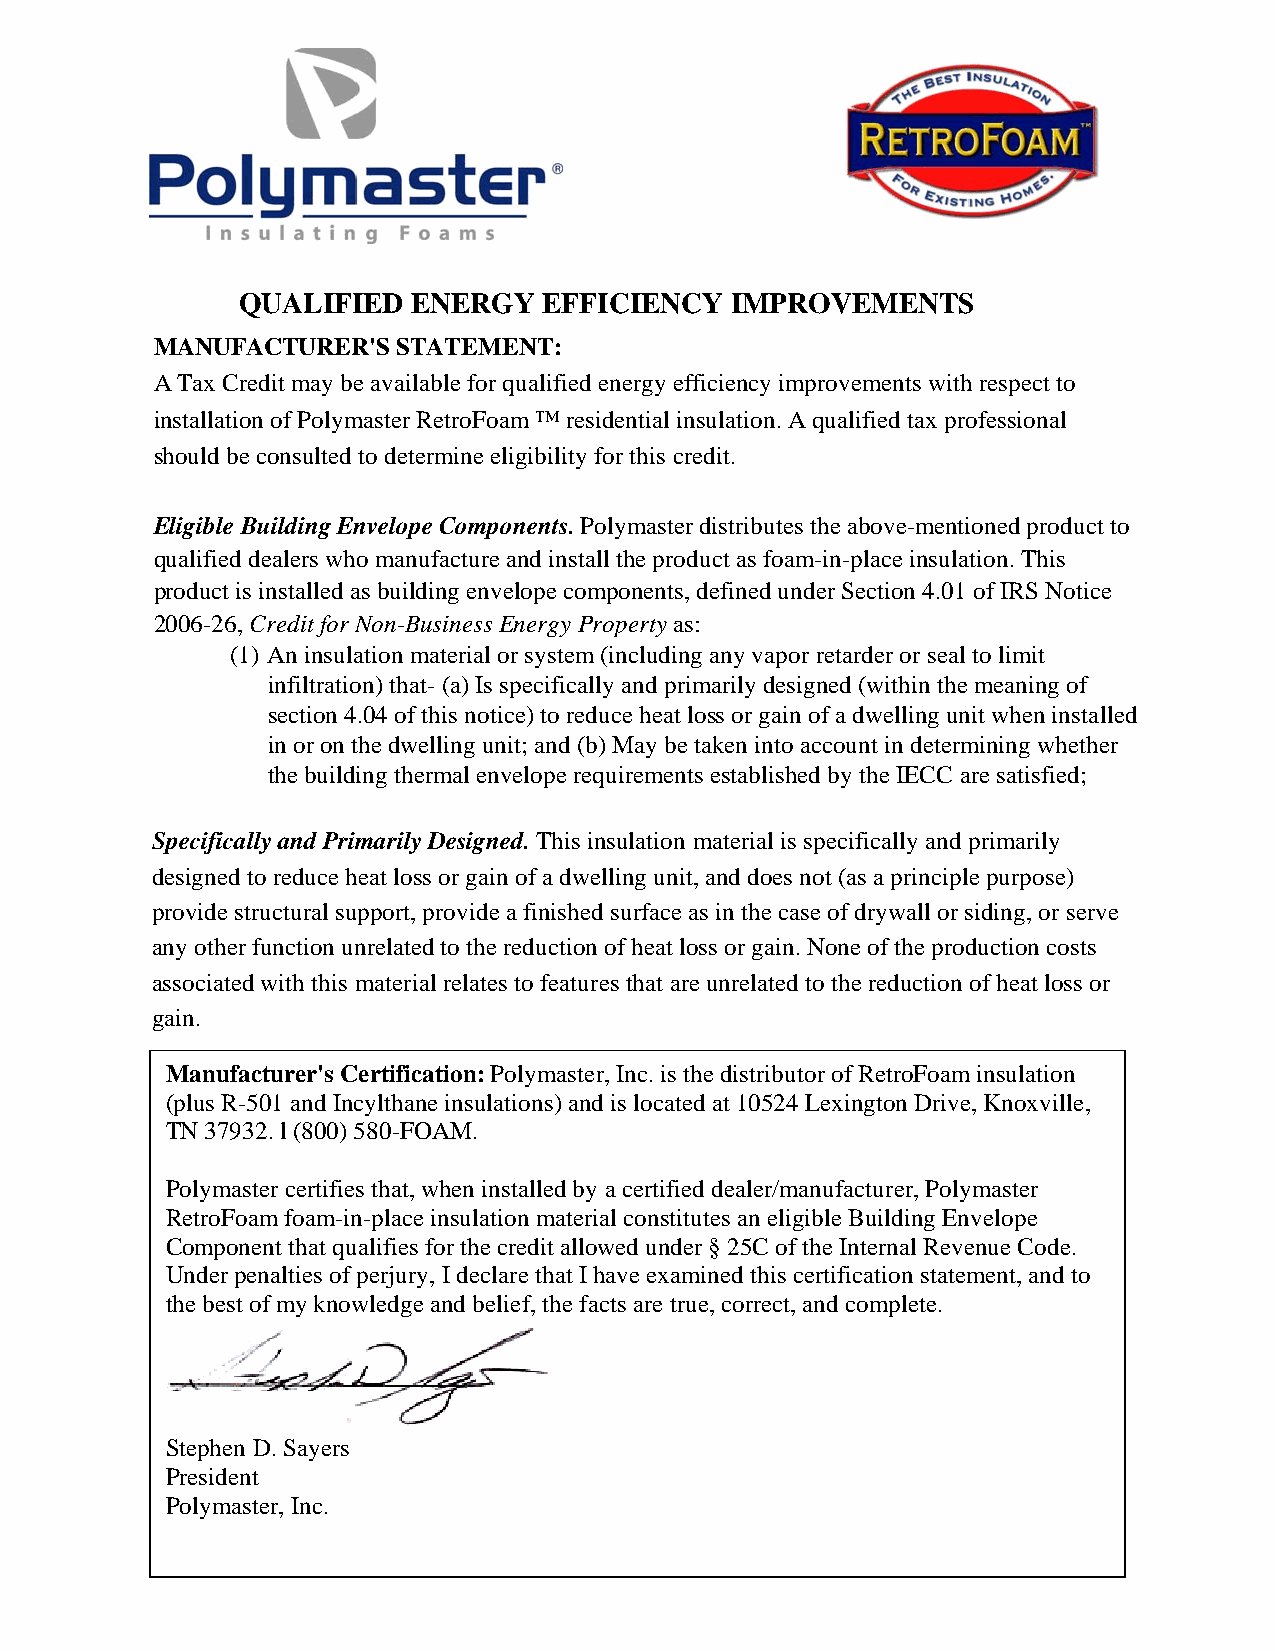
QUALIFIED  ENERGY   EFFICIENCY  IMPROVEMENTS
 MANUFACTURER'S  STATEMENT:
 A Tax Credit may be available for qualified energy efficiency improvements with respect to
 installation of Polymaster RetroFoam ™ residential insulation. A qualified tax professional
 should be consulted to determine eligibility for this credit.
 Eligible Building Envelope Components. Polymaster distributes the above-mentioned product to
 qualified dealers who manufacture and install the product as foam-in-place insulation. This
 product is installed as building envelope components, defined under Section 4.01 of IRS Notice
 2006-26, Credit for Non-Business Energy Property as:
 (1) An insulation material or system (including any vapor retarder or seal to limit
 infiltration) that- (a) Is specifically and primarily designed (within the meaning of
 section 4.04 of this notice) to reduce heat loss or gain of a dwelling unit when installed
 in or on the dwelling unit; and (b) May be taken into account in determining whether
 the building thermal envelope requirements established by the IECC are satisfied;
 Specifically and Primarily Designed. This insulation material is specifically and primarily
 designed to reduce heat loss or gain of a dwelling unit, and does not (as a principle purpose)
 provide structural support, provide a finished surface as in the case of drywall or siding, or serve
 any other function unrelated to the reduction of heat loss or gain. None of the production costs
 associated with this material relates to features that are unrelated to the reduction of heat loss or
 gain.
 Manufacturer's Certification: Polymaster, Inc. is the distributor of RetroFoam insulation
 (plus R-501 and Incylthane insulations) and is located at 10524 Lexington Drive, Knoxville,
 TN 37932. l (800) 580-FOAM.
 Polymaster certifies that, when installed by a certified dealer/manufacturer, Polymaster
 RetroFoam foam-in-place insulation material constitutes an eligible Building Envelope
 Component that qualifies for the credit allowed under § 25C of the Internal Revenue Code.
 Under penalties of perjury, I declare that I have examined this certification statement, and to
 the best of my knowledge and belief, the facts are true, correct, and complete.
 Stephen D. Sayers
 President
 Polymaster, Inc.